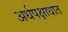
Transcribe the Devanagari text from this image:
अर्धपक्षाधात